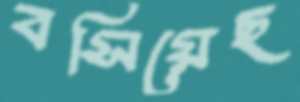
বসিয়েছ